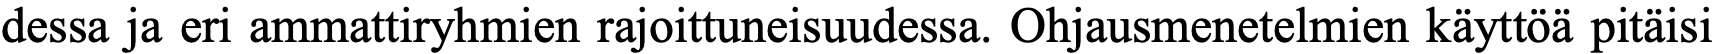
dessa ja eri ammattiryhmien rajoittuneisuudessa. Ohjausmenetelmien käyttöä pitäisi